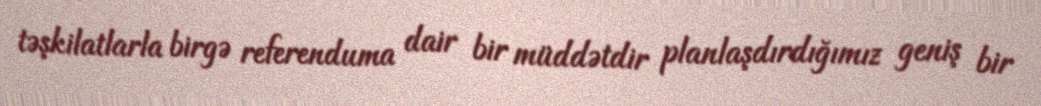
təşkilatlarla birgə referenduma dair bir müddətdir planlaşdırdığımız geniş bir